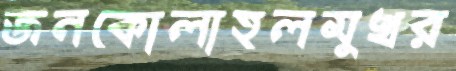
জনকোলাহলমুখর